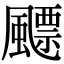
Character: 飃